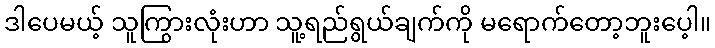
ဒါပေမယ့် သူကြွားလုံးဟာ သူ့ရည်ရွယ်ချက်ကို မရောက်တော့ဘူးပေ့ါ။